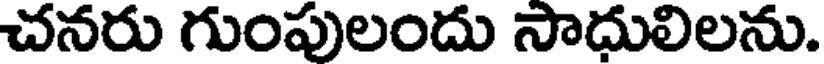
చనరు గుంపులందు సాధులిలను.